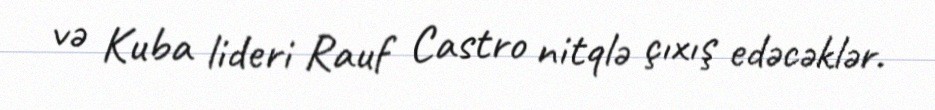
və Kuba lideri Rauf Castro nitqlə çıxış edəcəklər.